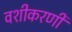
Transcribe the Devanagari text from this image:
वशीकरणी